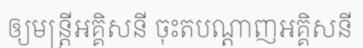
ឲ្យមន្ត្រីអគ្គិសនី ចុះតបណ្តាញអគ្គិសនី